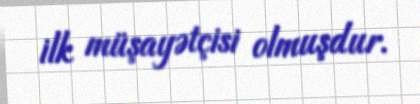
ilk müşayətçisi olmuşdur.